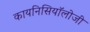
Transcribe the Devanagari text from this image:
कायनिसियॉलोजी